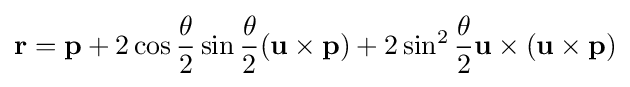
\mathbf {r} =\mathbf {p} +2\cos {\frac {\theta }{2}}\sin {\frac {\theta }{2}}(\mathbf {u} \times \mathbf {p} )+2\sin ^{2}{\frac {\theta }{2}}\mathbf {u} \times (\mathbf {u} \times \mathbf {p} )